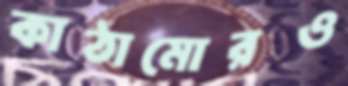
কাঠামোরও